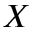
X